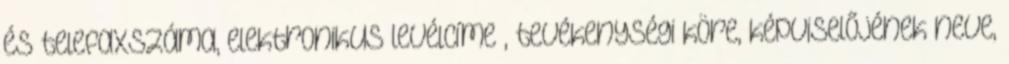
és telefaxszáma, elektronikus levélcíme , tevékenységi köre, képviselőjének neve,